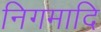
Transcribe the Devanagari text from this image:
निगमादि